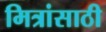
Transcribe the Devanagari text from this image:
मित्रांसाठी